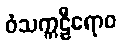
ဝံသက္ကဠီရောဝ